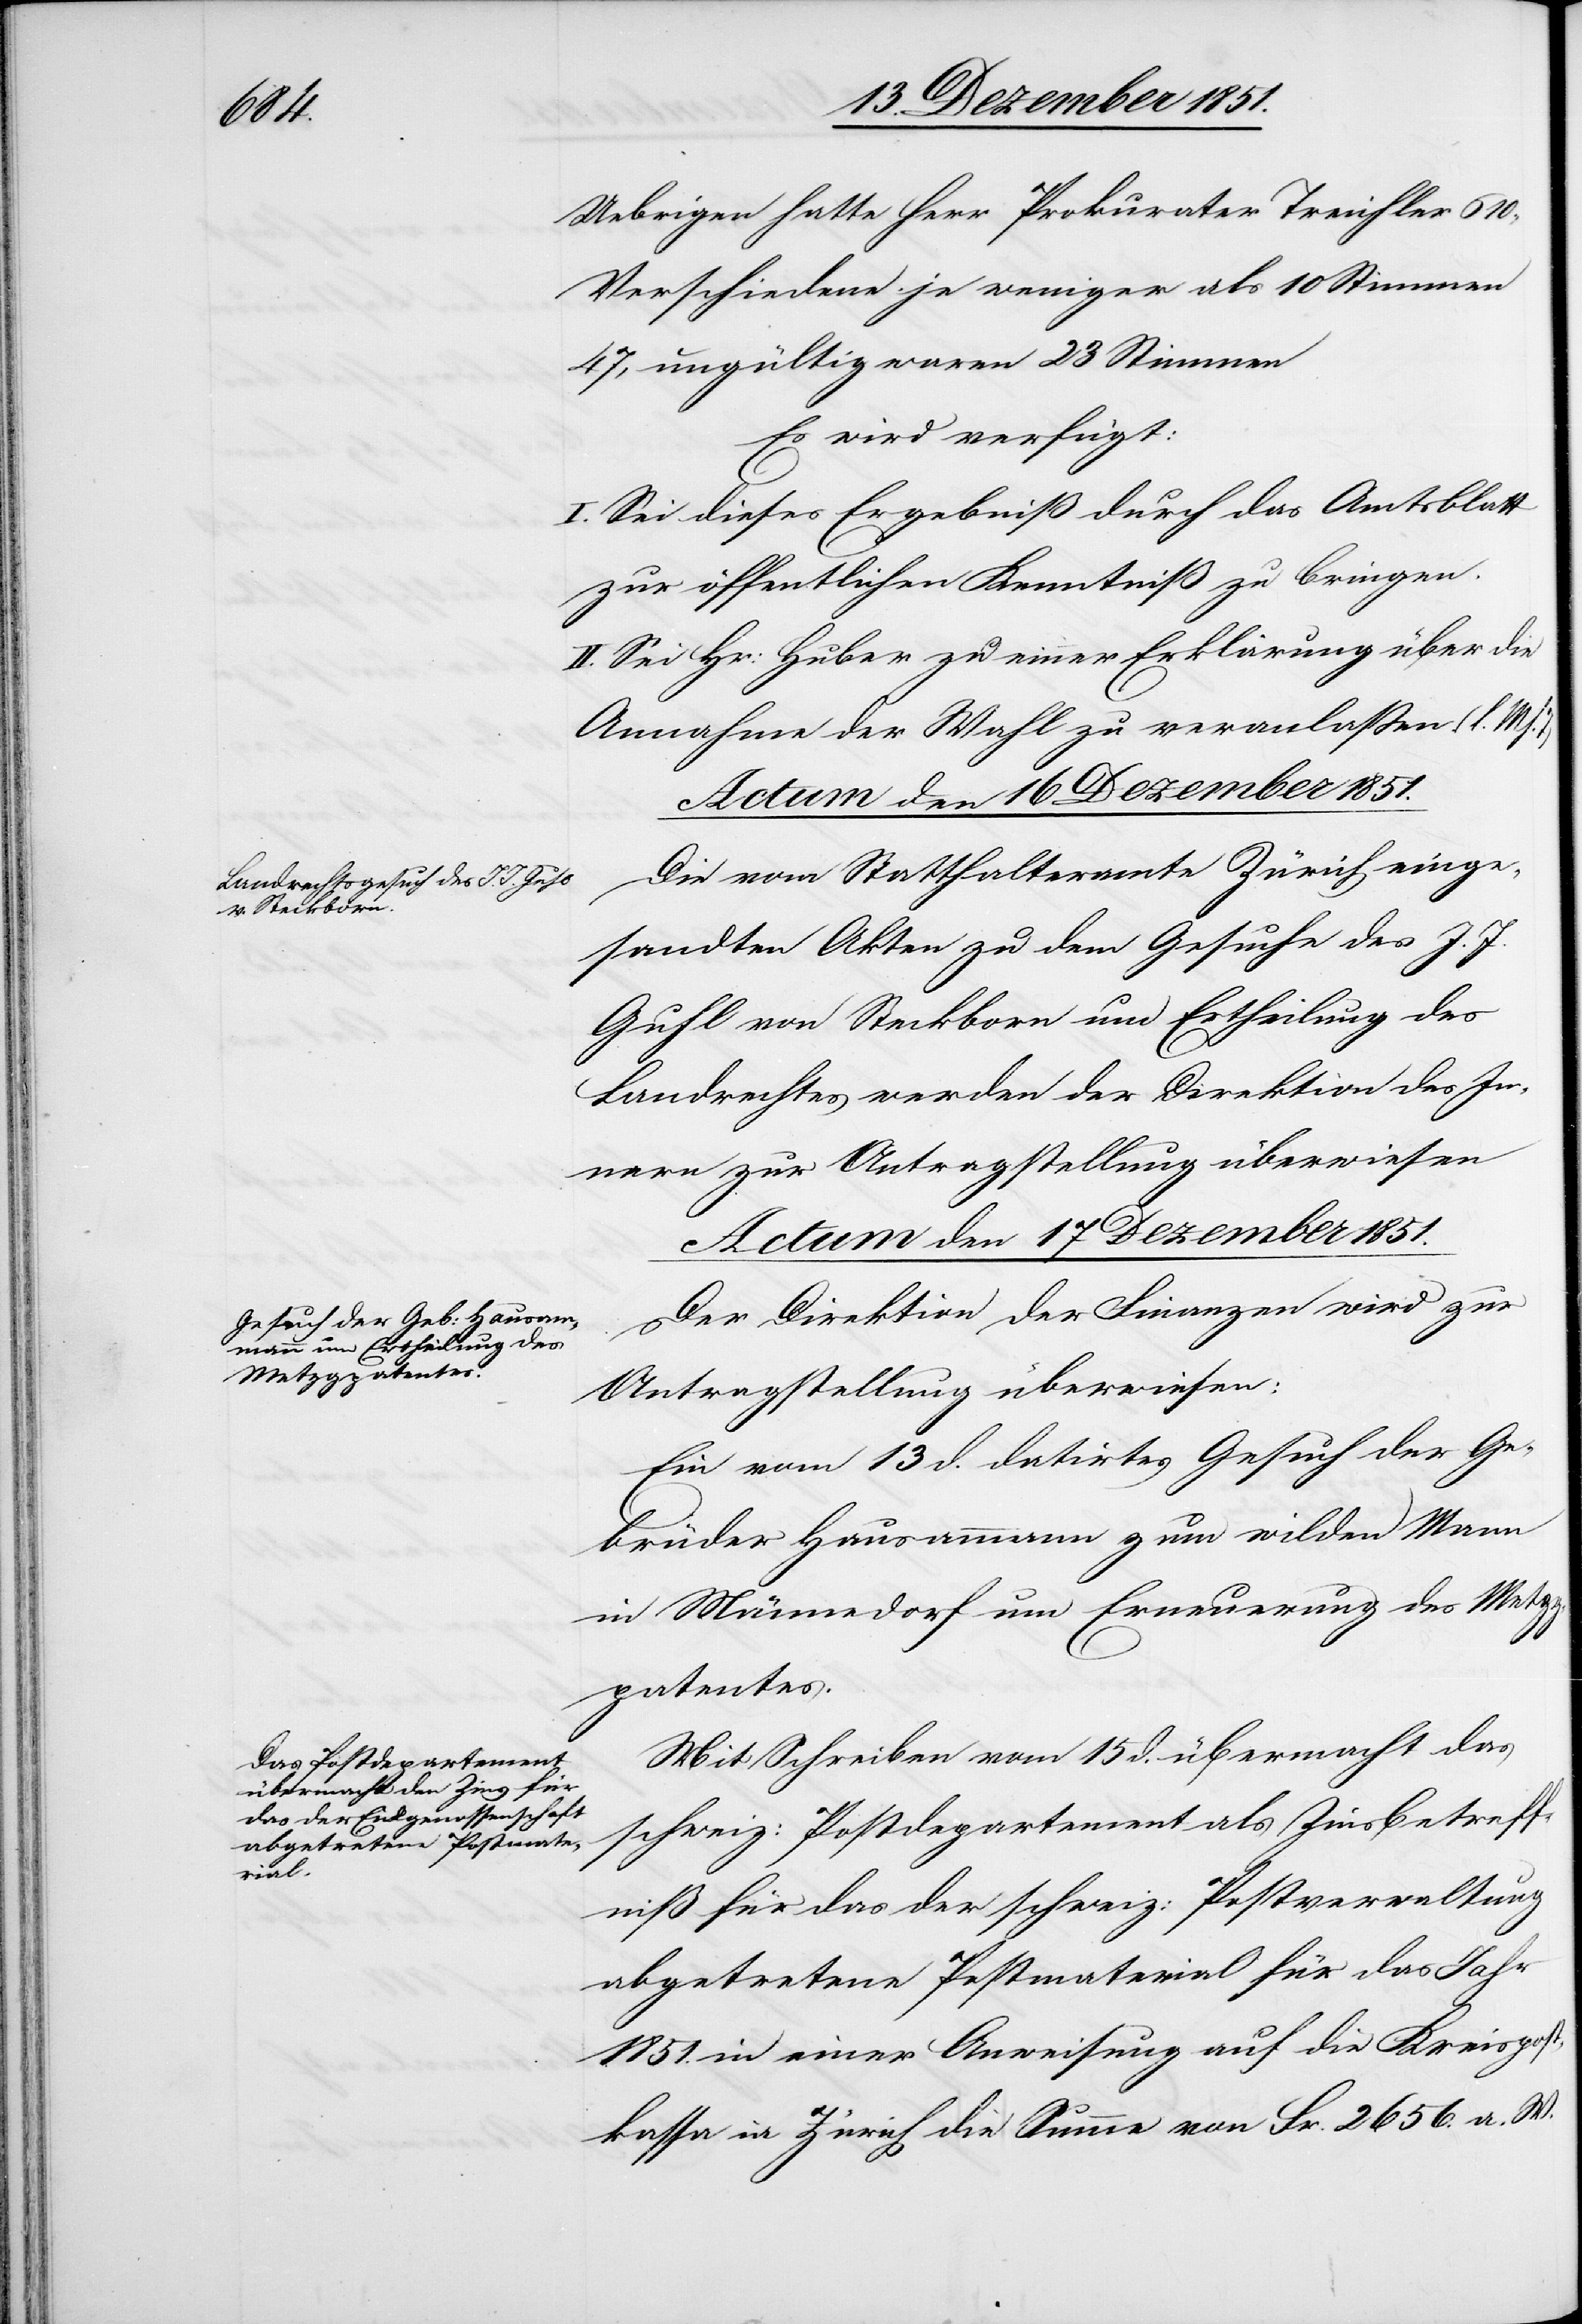
Uebrigen hatte Herr Prokurator Treichler 610,
Verschiedene je weniger als 10 Stimmen
47, ungültig waren 23 Stimmen
Es wird verfügt:
I. Sei dieses Ergebniß durch das Amtsblatt
zur öffentlichen Kenntniß zu bringen.
II. Sei Hr: Huber zu einer Erklärung über die
Annahme der Wahl zu veranlaßen. (l. M.
Actum den 17 Dezember 1851.]
Die vom Statthalteramte Zürich einge¬
sandten Akten zu dem Gesuche des J. J.
Guhl von Steckborn um Ertheilung des
Landrechtes werden der Direktion des In¬
nern zur Antragstellung überwiesen[.]
Actum den 17 Dezember 1851.
Der Direktion der Finanzen wird zur
Antragstellung überwiesen:
Ein vom 13 d. datirtes Gesuch der Ge¬
brüder Hausammann zum wilden Mann
in Männedorf um Erneuerung des Metz¬
gpatentes.
Mit Schreiben vom 15 d. übermacht das
schweiz: Postdepartement als Zinsbetreff¬
niß für das der schweiz: Postverwaltung
abgetretene Postmaterial für das Jahr
1851. in einer Anweisung auf die Kreispost¬
kassa in Zürich die Summe von Fr. 2656. a. W.